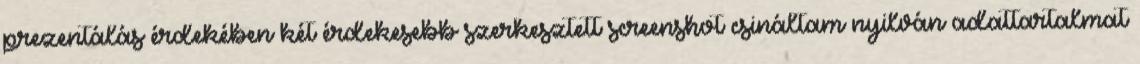
prezentálás érdekében két érdekesebb szerkesztett screenshot csináltam nyilván adattartalmat